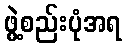
ဖွဲ့စည်းပုံအရ